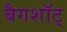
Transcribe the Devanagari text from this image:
बैगशॉट्